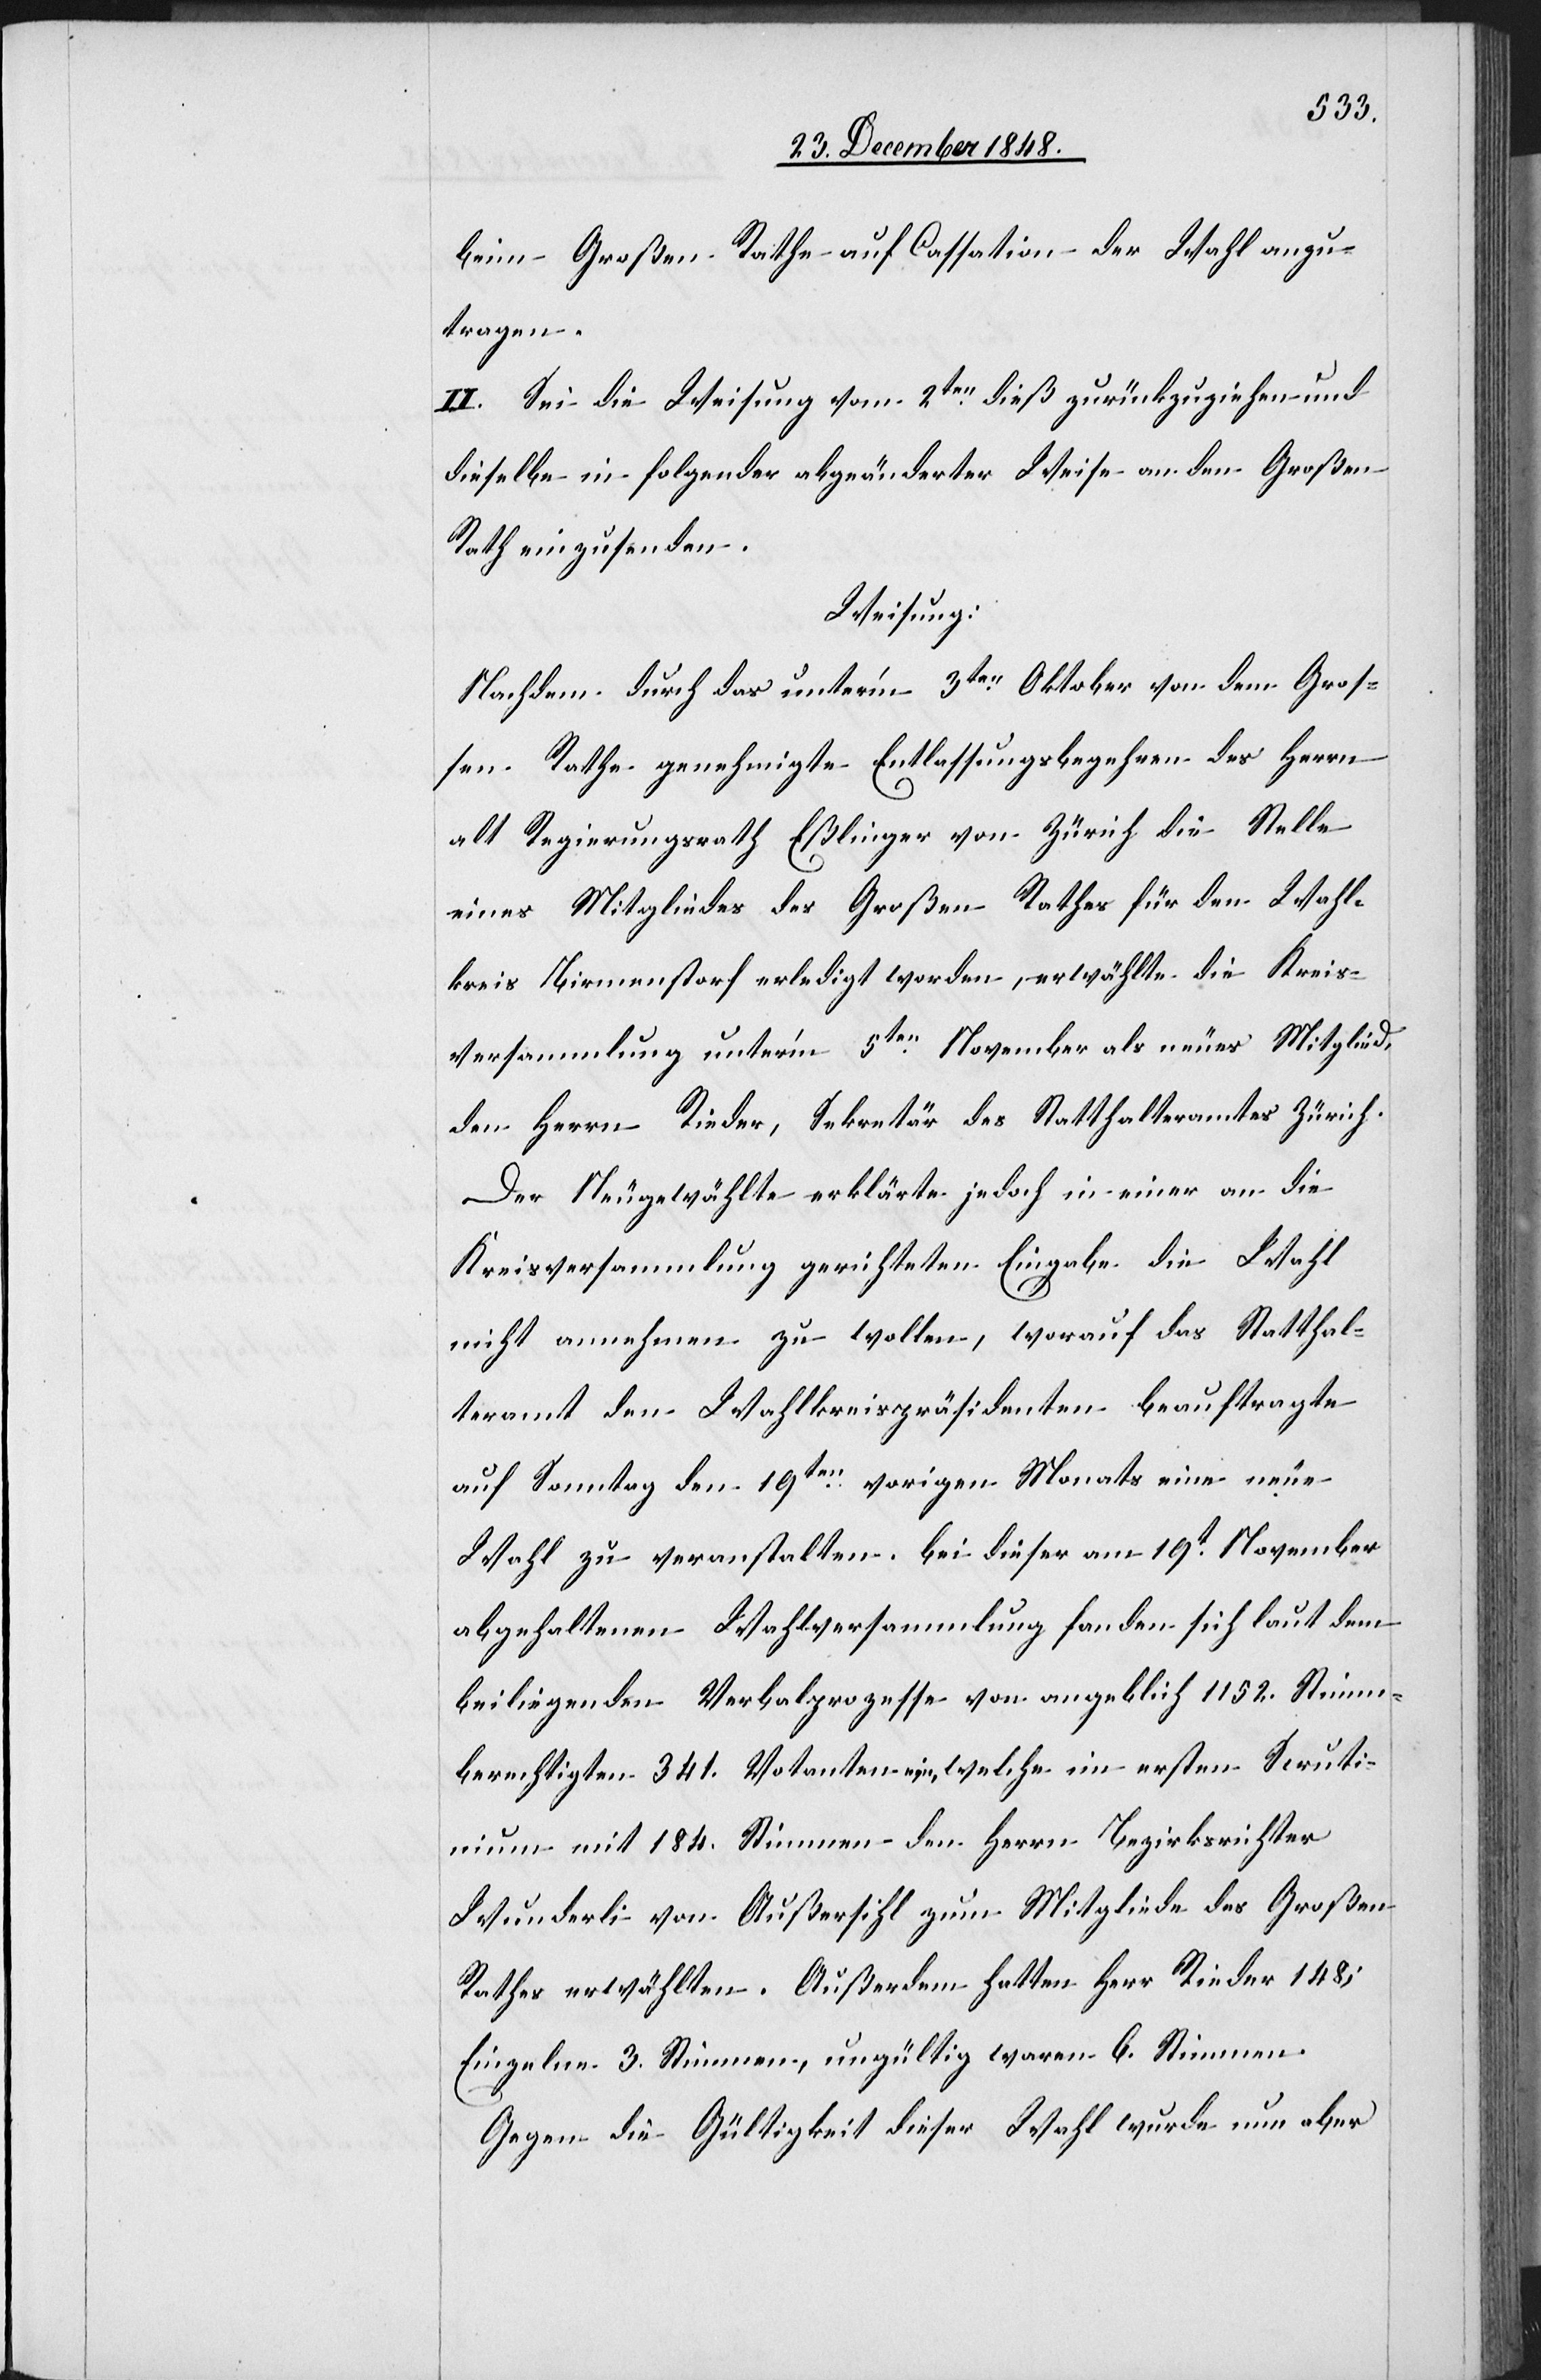
beim Großen Rathe auf Cassation der Wahl anzu¬
tragen.
II. Sei die Weisung vom 2ten dieß zurückzuziehen und
dieselbe in folgender abgeänderter Weise an den Großen
Rath einzusenden.
Weisung:
Nachdem durch das unter’m 3ten Oktober von dem Groß¬
en Rathe genehmigte Entlassungsbegehren des Herrn
alt Regierungsrath Eßlinger von Zürich die Stelle
eines Mitgliedes des Großen Rathes für den Wahl¬
kreis Birmenstorf erledigt worden, erwählte die Kreis¬
versammlung unter’m 5ten November als neues Mitglied,
den Herrn Rieder, Sekretär des Statthalteramtes Zürich.
Die Neugewählte erklärte jedoch in einer an die
Kreisversammlung gerichteten Eingabe die Wahl
nicht annehmen zu wollen, worauf das Statthal¬
teramt den Wahlkreispräsidenten beauftragte
auf Sonntag den 19ten vorigen Monats eine neue
Wahl zu veranstalten. Bei dieser am 19t November
abzuhaltenen Wahlversammlung fanden sich laut dem
beiliegenden Verbalprozesse von angeblich 1152. Stimm¬
berechtigten 341. Votanten ein, welche im ersten Scruti¬
nium mit 184. Stimmen den Herrn Bezirksrichter
Wunderli von Außersihl zum Mitgliede des Großen
Rathes erwählten. Außerdem hatten Herr Rieder 148;
Einzelne 3. Stimmen, ungültig waren 6. Stimmen.
Gegen die Gültigkeit dieser Wahl wurde nun aber